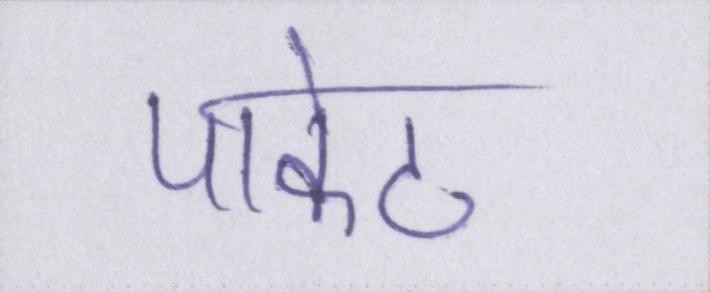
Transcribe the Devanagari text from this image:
पाकेट